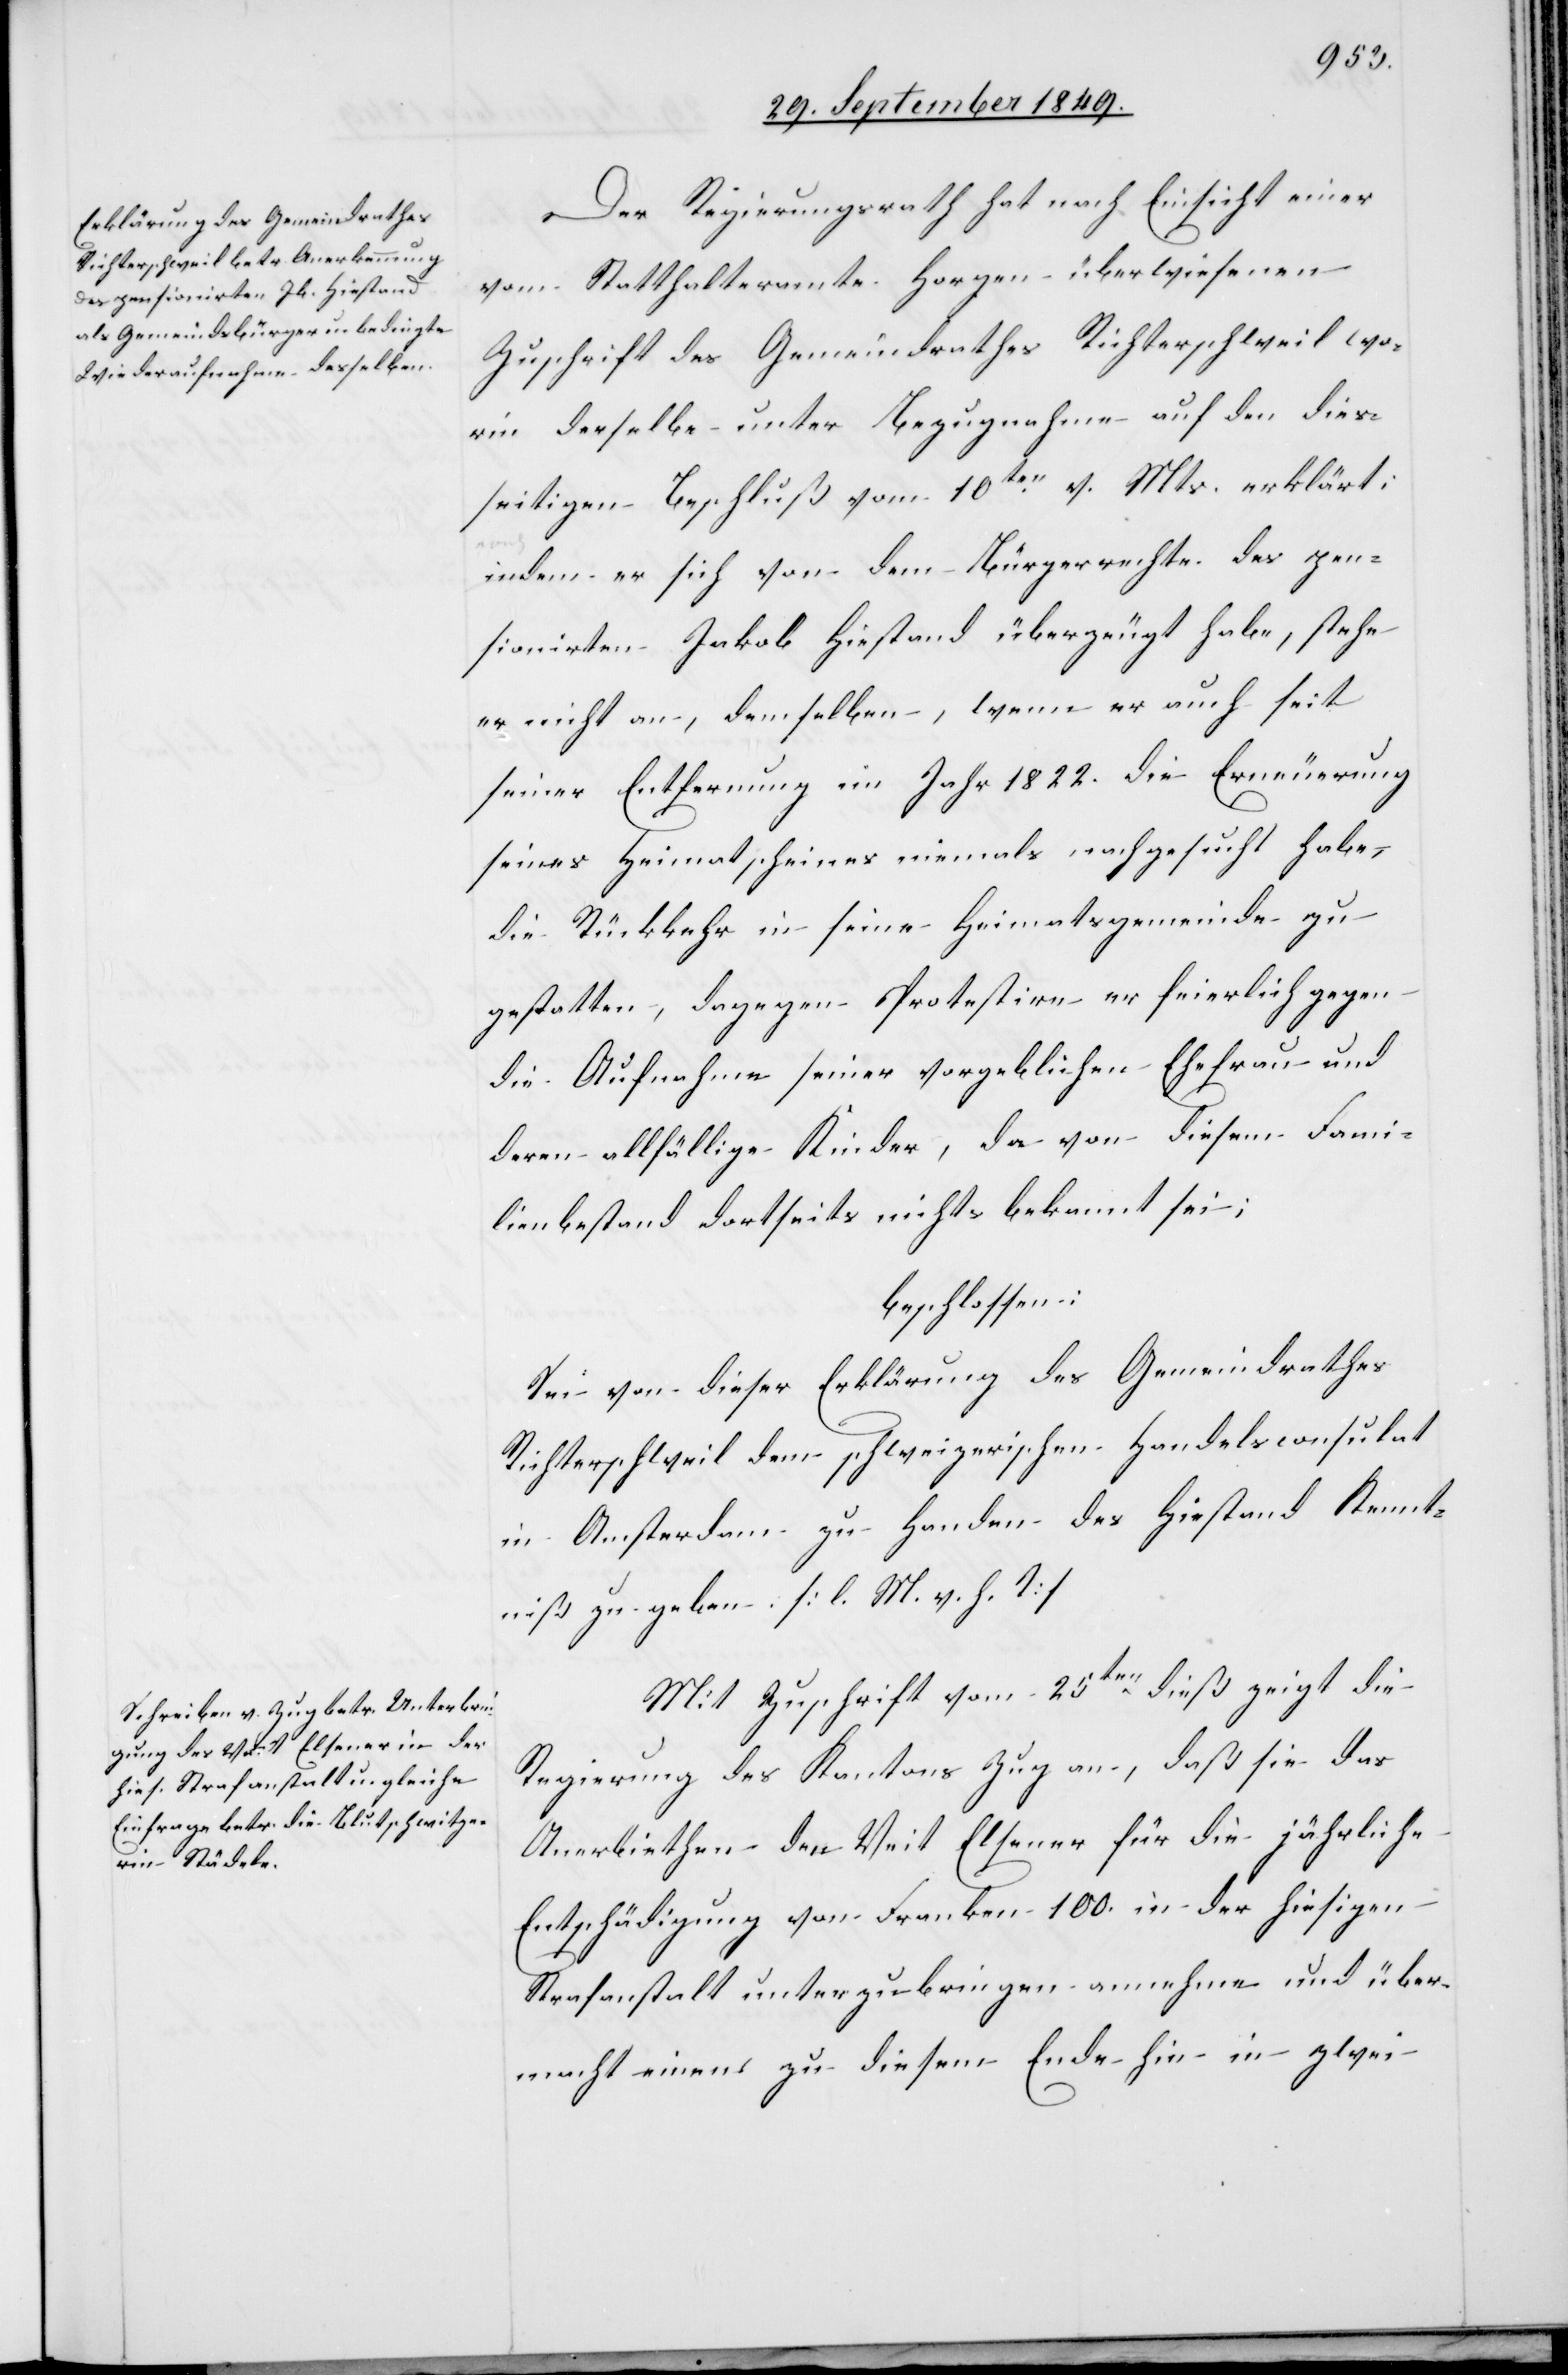
Der Regierungsrath hat nach Einsicht einer
vom Statthalteramte Horgen überwiesenen
Zuschrift des Gemeindrathes Richterschweil wo¬
rin derselbe unter Bezugnahme auf den dies¬
seitigen Beschluß vom 10ten v. Mts. erklärt:
indem er sich von dem Bürgerrechte des pen¬
sionirten Jakob Hiestand überzeugt habe, stehe
er nicht an, demselben, wenn er auch seit
seiner Entfernung im Jahr 1822. die Erneuerung
seines Heimatscheines niemals nachgesucht habe,
die Rückkehr in seine Heimatgemeinde zu
gestatten, dagegen Protestire er feierlich gegen
die Aufnahme seiner vorgeblichen Ehefrau und
deren allfällige Kinder, da von diesem Fami¬
lienbestand dortseits nichts bekannt sei;
beschlossen:
Sei von dieser Erklärung des Gemeindrathes
Richterschweil dem schweizerischen Handelsconsulat
in Amsterdam zu Handen des Hiestand Kennt¬
niß zu geben. [l. M. v. h. T]
Mit Zuschrift vom 25ten dieß zeigt die
Regierung des Kantons Zug an, daß sie das
Anerbiethen den Veit Elsener für die jährliche
Entschädigung von Franken 100. in der hiesigen
Strafanstalt unterzubringen annehme und über¬
macht einen zu diesem Ende hin in zwei